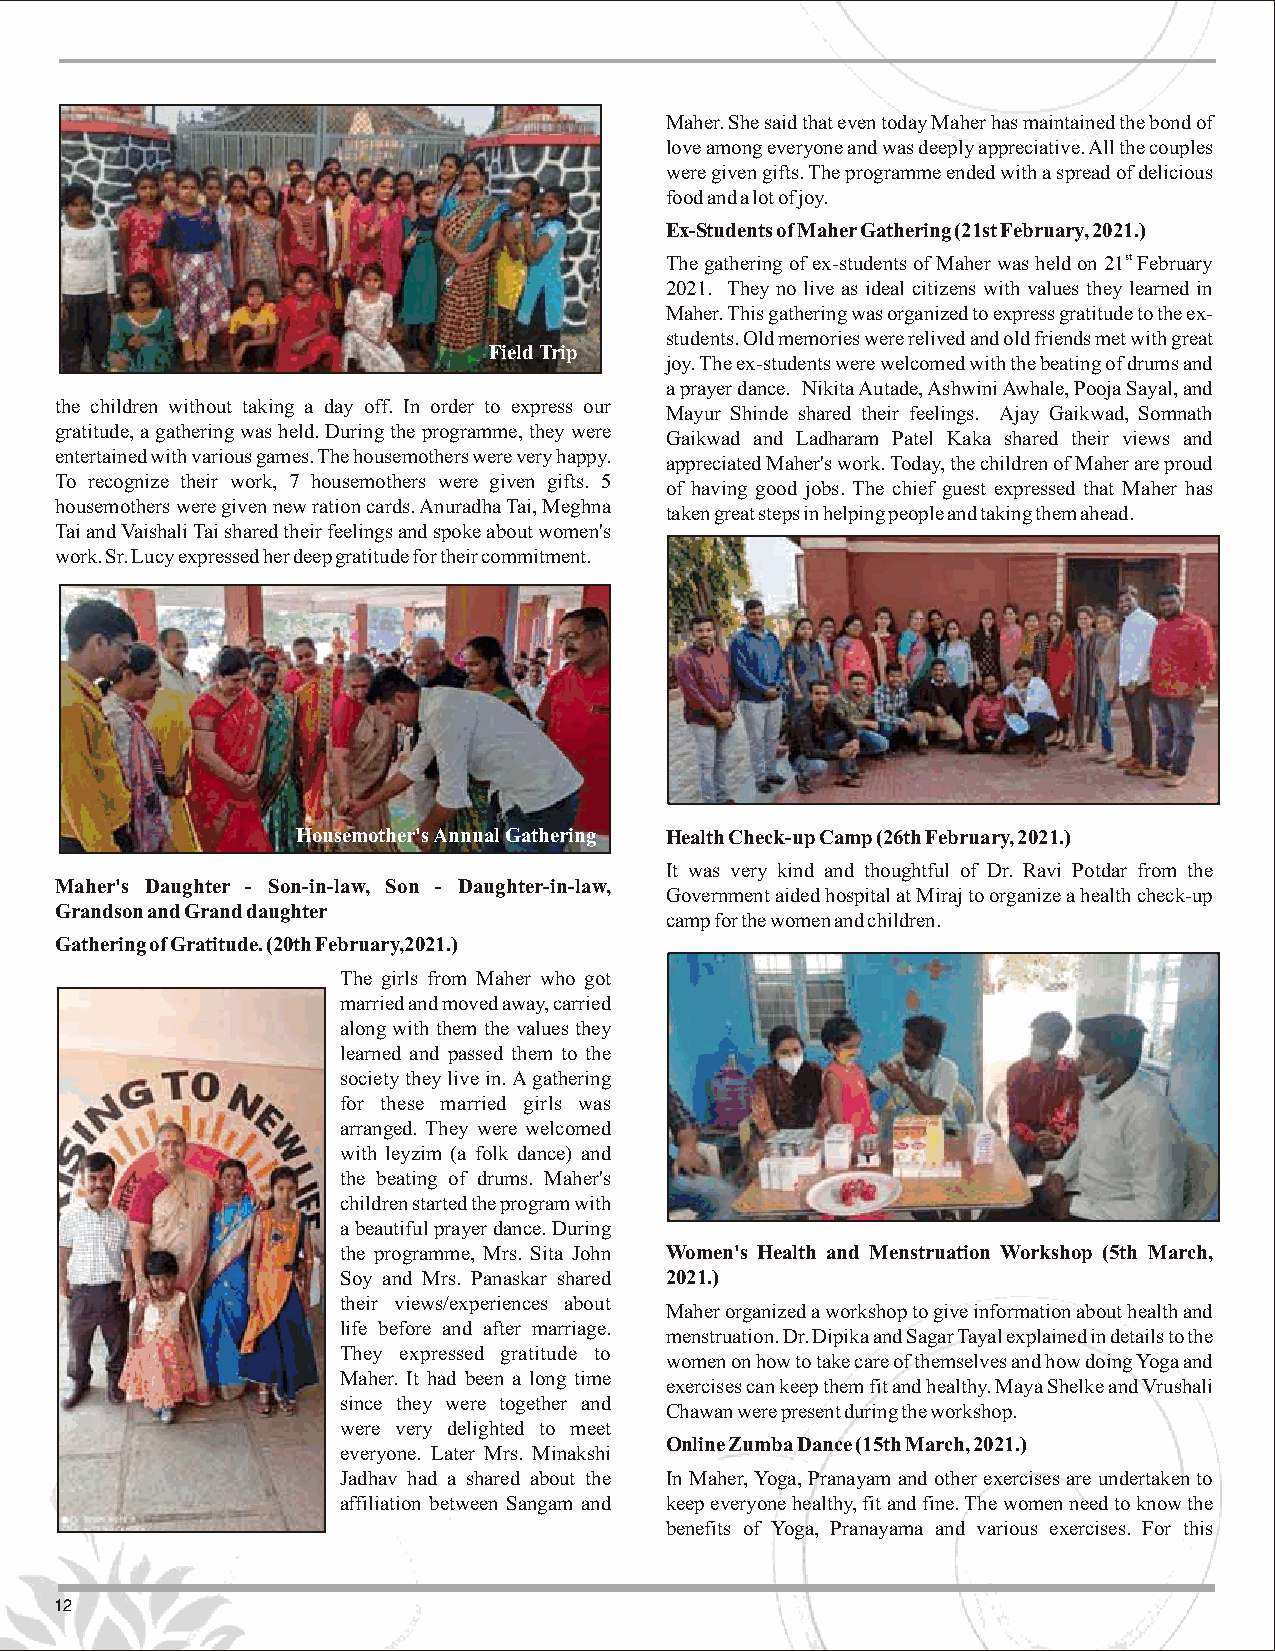
Maher. She said that even today Maher has maintained the bond of
 love among everyone and was deeply appreciative.All the couples
 were given gifts. The programme ended with a spread of delicious
 food and a lot of joy.
 Ex-Students of Maher Gathering (21st February, 2021.)
 The gathering of ex-students of Maher was held on 21st February
 2021. They no live as ideal citizens with values they learned in
 Maher.This gathering was organized to express gratitude to the ex-
 students. Old memories were relived and old friends met with great
 Field Trip
 joy.The ex-students were welcomed with the beating of drums and
 a prayer dance. Nikita Autade,AshwiniAwhale, Pooja Sayal, and
 the children without taking a day off. In order to express our
 Mayur Shinde shared their feelings. Ajay Gaikwad, Somnath
 gratitude, a gathering was held. During the programme, they were
 Gaikwad and Ladharam Patel Kaka shared their views and
 entertained with various games. The housemothers were very happy.
 appreciated Maher's work. Today, the children of Maher are proud
 To recognize their work, 7 housemothers were given gifts. 5
 of having good jobs. The chief guest expressed that Maher has
 housemothers were given new ration cards. AnuradhaTai, Meghna
 taken great steps in helping people and taking them ahead.
 Tai and VaishaliTai shared their feelings and spoke about women's
 work. Sr. Lucy expressed her deep gratitude for their commitment.
 Housemother's Annual Gathering Health Check-up Camp (26th February, 2021.)
 It was very kind and thoughtful of Dr. Ravi Potdar from the
 Maher's Daughter - Son-in-law, Son - Daughter-in-law,
 Government aided hospital at Miraj to organize a health check-up
 Grandson and Grand daughter
 camp for the women and children.
 Gathering of Gratitude. (20th February,2021.)
 The girls from Maher who got
 married and moved away, carried
 along with them the values they
 learned and passed them to the
 society they live in. A gathering
 for these married girls was
 arranged. They were welcomed
 with leyzim (a folk dance) and
 the beating of drums. Maher's
 children started the program with
 a beautiful prayer dance. During
 the programme, Mrs. Sita John Women's Health and Menstruation Workshop (5th March,
 Soy and Mrs. Panaskar shared 2021.)
 their views/experiences about
 Maher organized a workshop to give information about health and
 life before and after marriage.
 menstruation. Dr. Dipika and Sagar Tayal explained in details to the
 They expressed gratitude to
 women on how to take care of themselves and how doing Yoga and
 Maher. It had been a long time
 exercises can keep them fit and healthy. Maya Shelke and Vrushali
 since they were together and
 Chawan were present during the workshop.
 were very delighted to meet
 Online Zumba Dance (15th March, 2021.)
 everyone. Later Mrs. Minakshi
 Jadhav had a shared about the In Maher,Yoga, Pranayam and other exercises are undertaken to
 affiliation between Sangam and keep everyone healthy, fit and fine. The women need to know the
 benefits of Yoga, Pranayama and various exercises. For this
 12